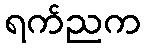
ရက်ညက